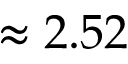
\approx 2 . 5 2